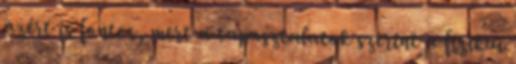
azért is fontos, mert a tapasztalatok szerint a fizikai